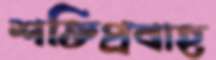
শক্তিপ্রবাহ